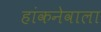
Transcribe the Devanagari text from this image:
हांकनेवाला